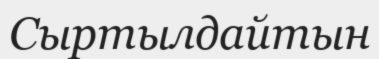
Сыртылдайтын